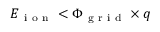
E _ { \mathrm { ~ i ~ o ~ n ~ } } < \Phi _ { \mathrm { ~ g ~ r ~ i ~ d ~ } } \times q